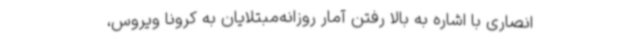
انصاری با اشاره به بالا رفتن آمار روزانه‌مبتلایان به کرونا ویروس،